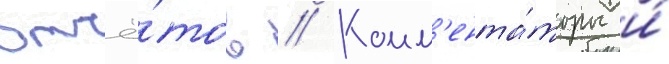
отчё́тов // Комм'ента́торы и́